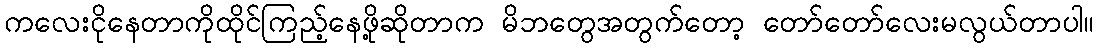
ကလေးငိုနေတာကိုထိုင်ကြည့်နေဖို့ဆိုတာက မိဘတွေအတွက်တော့ တော်တော်လေးမလွယ်တာပါ။